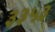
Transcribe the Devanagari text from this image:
३३५३